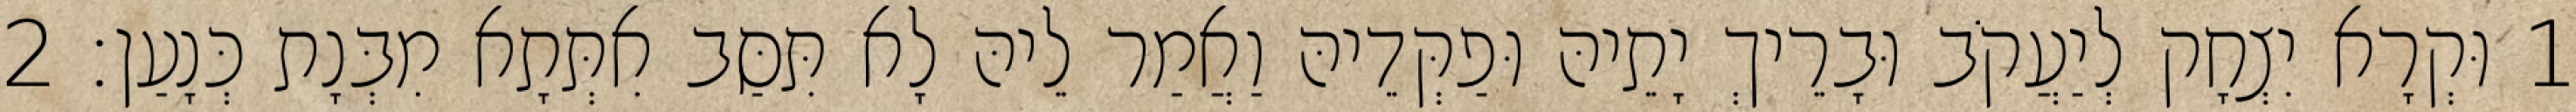
1 וּקְרָא יִצְחָק לְיַעֲקֹב וּבָרֵיךְ יָתֵיהּ וּפַקְּדֵיהּ וַאֲמַר לֵיהּ לָא תִּסַּב אִתְּתָא מִבְּנָת כְּנָעַן׃ 2